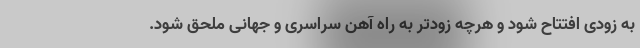
به زودی افتتاح شود و هرچه زودتر به راه آهن سراسری و جهانی ملحق شود.